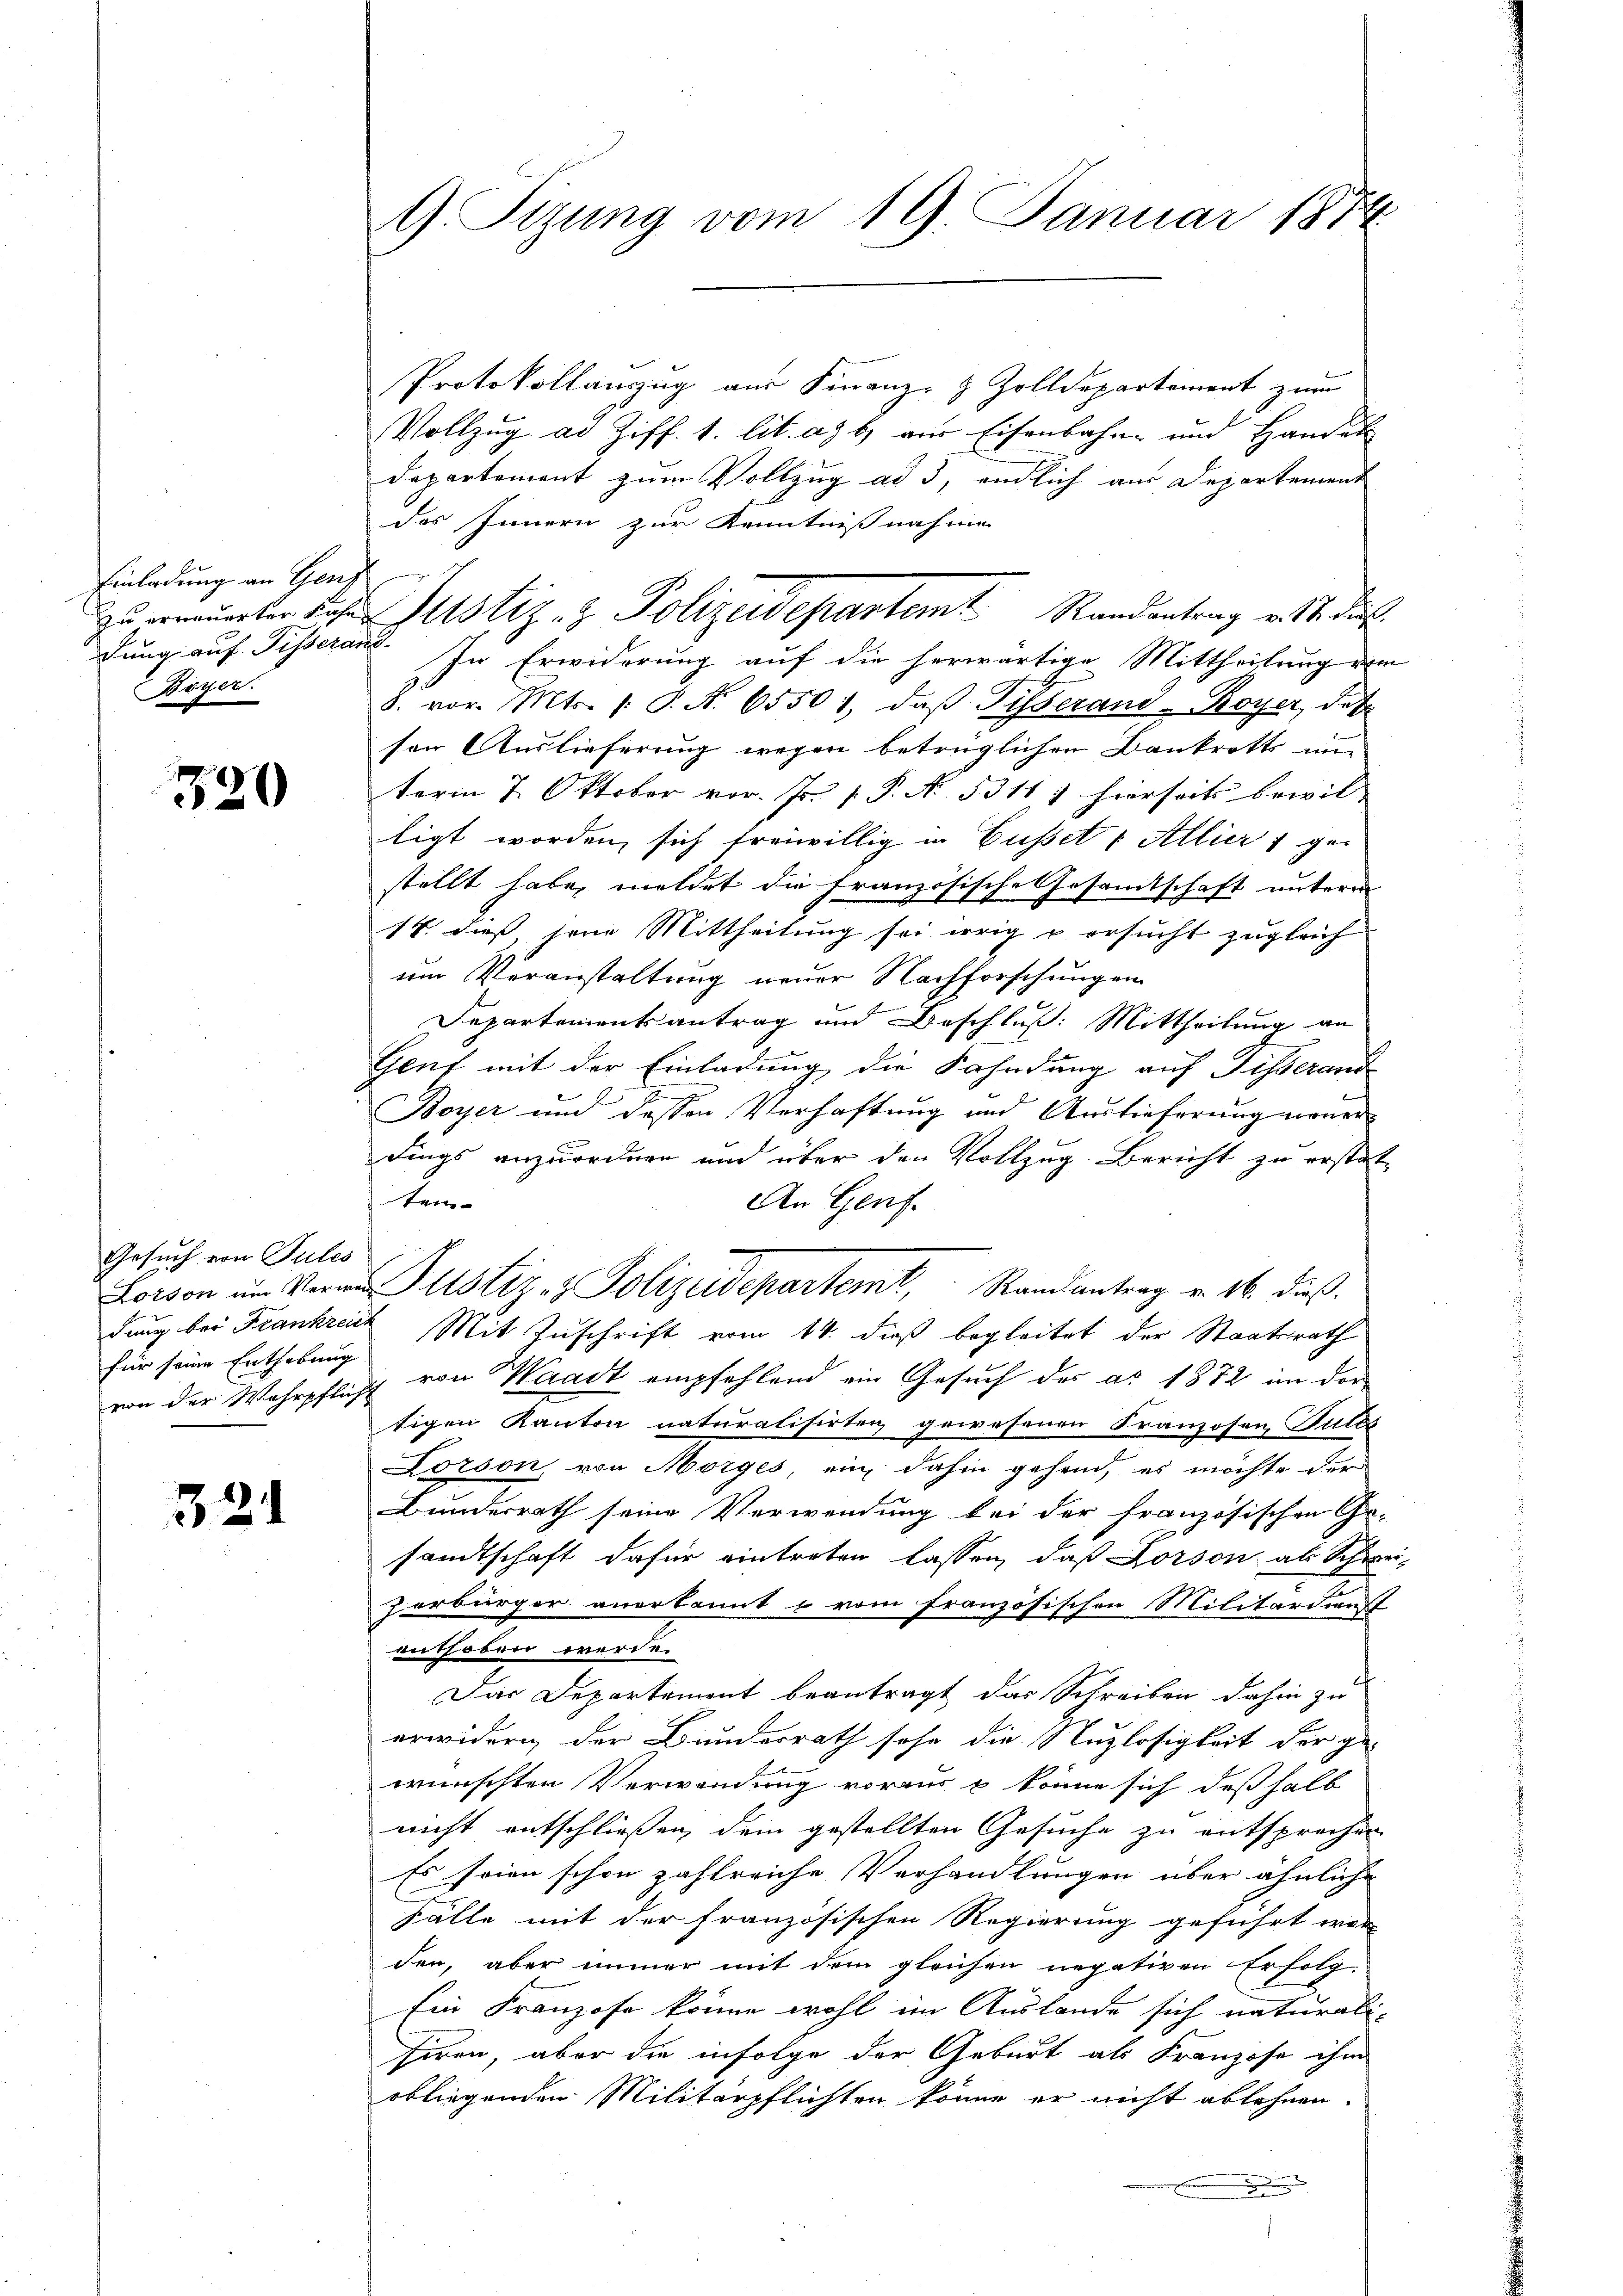
Einladung an Genf
dung auf Fisserans
Bayer.

321

Gesuch von Tules
für seine Enthebung |

321

Tem- |

G. Sizung vom 19. Januar 1874

Zu verunter die Justiz- & Polizeidepartemt Randantrag v. 4. dies

Protokollauszug aus Finanz- & Zolldepartement zum
Vollzug ad Ziff. 1. lit. ad b) vor Eisenbahn- und Handel
Departement zum Vollzug ad 3, endlich aus Departement
des Innern zur Kenntnisnahme
In Erwiderung auf die herwärtige Mittheilung vom
8. vor. Mts. /: P. N. 65501, daß Disserand-Boyer, daß
sen Auslieferung wegen betrüglichen Bankrotts un
term 7. Oktober vor. Js. f. P. Nr. 5311) hierseits bewil-
tigt worden, sich freiwillig in Busset u Alliert gestellt habe, meldet die französische Gesamtschaft unterm
14. dies seine Mittheilung sei weig u ersucht zugleich
um Veranstaltung neuer Nachforschungen
Departementantrag und Beschluß: Mittheilung an
Gent mit der Einladung, die Fahndung auf Disserand
Boyer und dessen Verhaftung und Auslieferung moner
dings anzuordnen und über den Vollzug Bericht zu erstat
An Genf
Lorvon ŭm Verme Pustiz- & Polizeidepartemt, Randantrag v. 16. dieß.
dung bei Frankreich Mit Zuschrift vom 14. dieß begleitet der Staatsrath
von der Wehrpflicht von Waadt empfehlend ein Gesuch des ad 1872 im dor
tigen Kanton naturalisirten gewesenen Franzosen Falls
Lorson, von Morges, ein dahin gehend, es möchte der
Bundesrath seine Verwendung bei der französischen Ge-
sandtschaft dafür eintreten lassen, daß Dorson als Schwei-
zerbürger anerkannt u vom französischen Militärdienst
enthoben werde.
Das Departement beantragt das Schreiben dahin zu
erwidern der Bundesrath sehr die Nuzlosigkeit der ge-
wünschten Verwendung voraus & könne sich deßhalb
nicht entschliessen, dem gestellten Gesuche zu entsprechen
Es seien schon zahlreiche Verhandlungen über ähnliche
Fälle mit der französischen Regierung geführt wor-
den, aber immer mit dem gleichen negativen Erfolg
Die Franzose könne wohl im Auslande sich naturali-
siren, aber die infolge der Geburt als Franzose ihm
obliegenden Militärpflichten könne er nicht ablehnen.